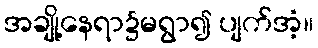
အချို့နေရာ၌မရွာ၍ ပျက်အံ့။